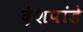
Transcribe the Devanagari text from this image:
देेशपांडे